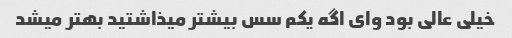
خیلی عالی بود وای اگه یکم سس بیشتر میذاشتید بهتر میشد